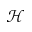
\mathcal { H }